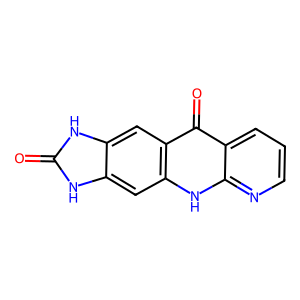
SMILES: O=c1[nH]c2cc3[nH]c4ncccc4c(=O)c3cc2[nH]1
Inhibits HIV replication: No